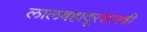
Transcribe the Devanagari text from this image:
लालबहादूरशास्त्री